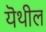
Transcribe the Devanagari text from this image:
यॆथील